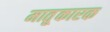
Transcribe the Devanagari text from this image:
मातृ्कारक